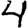
Digit: 4